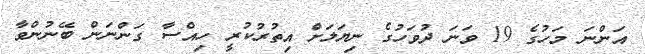
އަންނަ މަހުގެ 19 ވަނަ ދުވަހުގެ ނިޔަލަށް އިތުރުކުރީ ހިއްސާ ގަންނަން ބޭނުންވާ